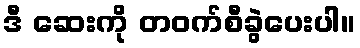
ဒီ ဆေးကို တဝက်စီခွဲပေးပါ။